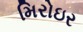
મિરોઇર